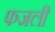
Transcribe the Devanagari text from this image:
फजली